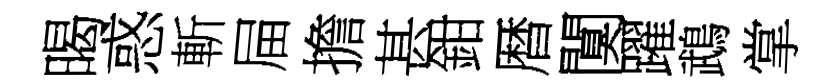
暍惑斬屇擔甚鉗暦闃躍鵡掌